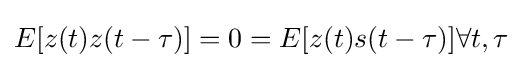
E[z(t)z(t-\tau )]=0=E[z(t)s(t-\tau )]\forall t,\tau